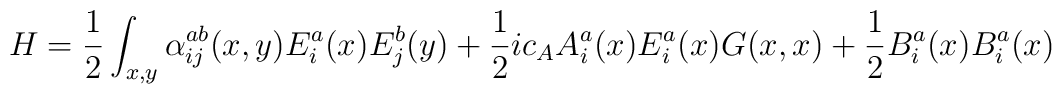
H={1\over 2}\int_{x,y}\alpha^{ab}_{ij}(x,y)E^a_i(x)E^b_j(y)+{1\over 2}ic_A A^a_i(x)E^a_i(x)G(x,x) + {1\over 2} B^a_i(x) B^a_i(x)